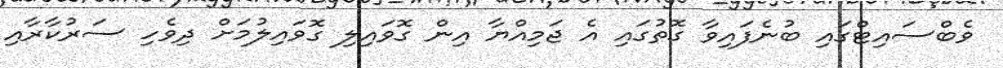
ވެބްސައިޓްގައި ބުނެފައިވާ ގޮތުގައި އެ ޖަމިއްޔާ އިން ގޮވައިލި ގޮވައިލުމަށް ދިވެހި ސަރުކާރާއި